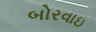
બોરવાઇ